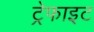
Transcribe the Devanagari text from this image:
ट्रेफाइट